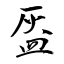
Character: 盔